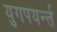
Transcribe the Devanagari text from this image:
युगपयर्न्त